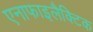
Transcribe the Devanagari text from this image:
एनाफाइलैक्टिक